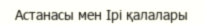
Астанасы мен Ірі қалалары